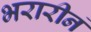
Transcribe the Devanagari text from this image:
भरारीनं